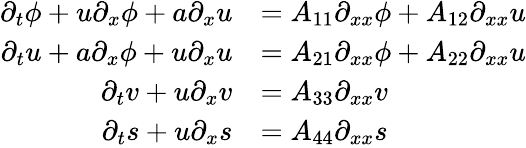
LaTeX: \begin{array}{rl}{\partial_{t}\phi+u\partial_{x}\phi+a\partial_{x}u}&{=A_{11}\partial_{xx}\phi+A_{12}\partial_{xx}u}\\ {\partial_{t}u+a\partial_{x}\phi+u\partial_{x}u}&{=A_{21}\partial_{xx}\phi+A_{22}\partial_{xx}u}\\ {\partial_{t}v+u\partial_{x}v}&{=A_{33}\partial_{xx}v}\\ {\partial_{t}s+u\partial_{x}s}&{=A_{44}\partial_{xx}s}\end{array}